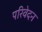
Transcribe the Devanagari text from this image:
परिवेदन